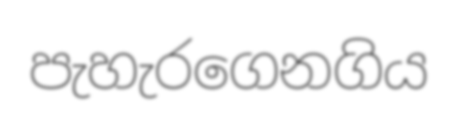
පැහැරගෙනගිය